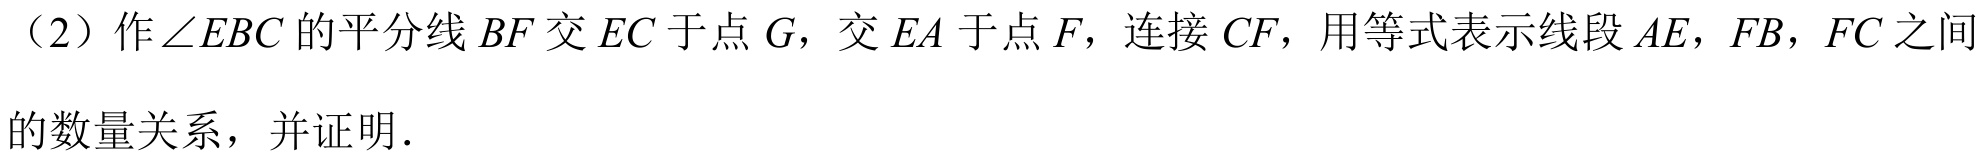
（2）作$\angle EBC$的平分线$BF$交$EC$于点$G$，交$EA$于点$F$，连接$CF$，用等式表示线段$AE$，$FB$，$FC$之间
的数量关系，并证明.